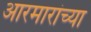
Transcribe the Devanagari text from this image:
आरमारांच्या